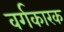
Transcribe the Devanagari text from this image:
वर्गकारक